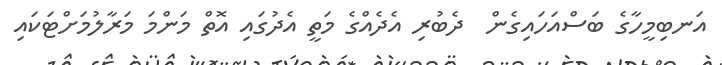
އަނބިމީހާގެ ބަސްއަހައިގެން  ދެބުރި އެދެއްގެ މަތީ އެދުގައި އޮތް މަންމަ މަރާލުމަށްޓަކައި